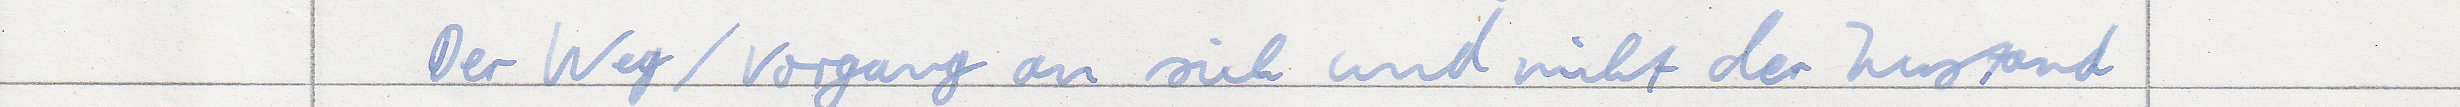
Der Weg / Vorgang an sich und nicht der Zustand